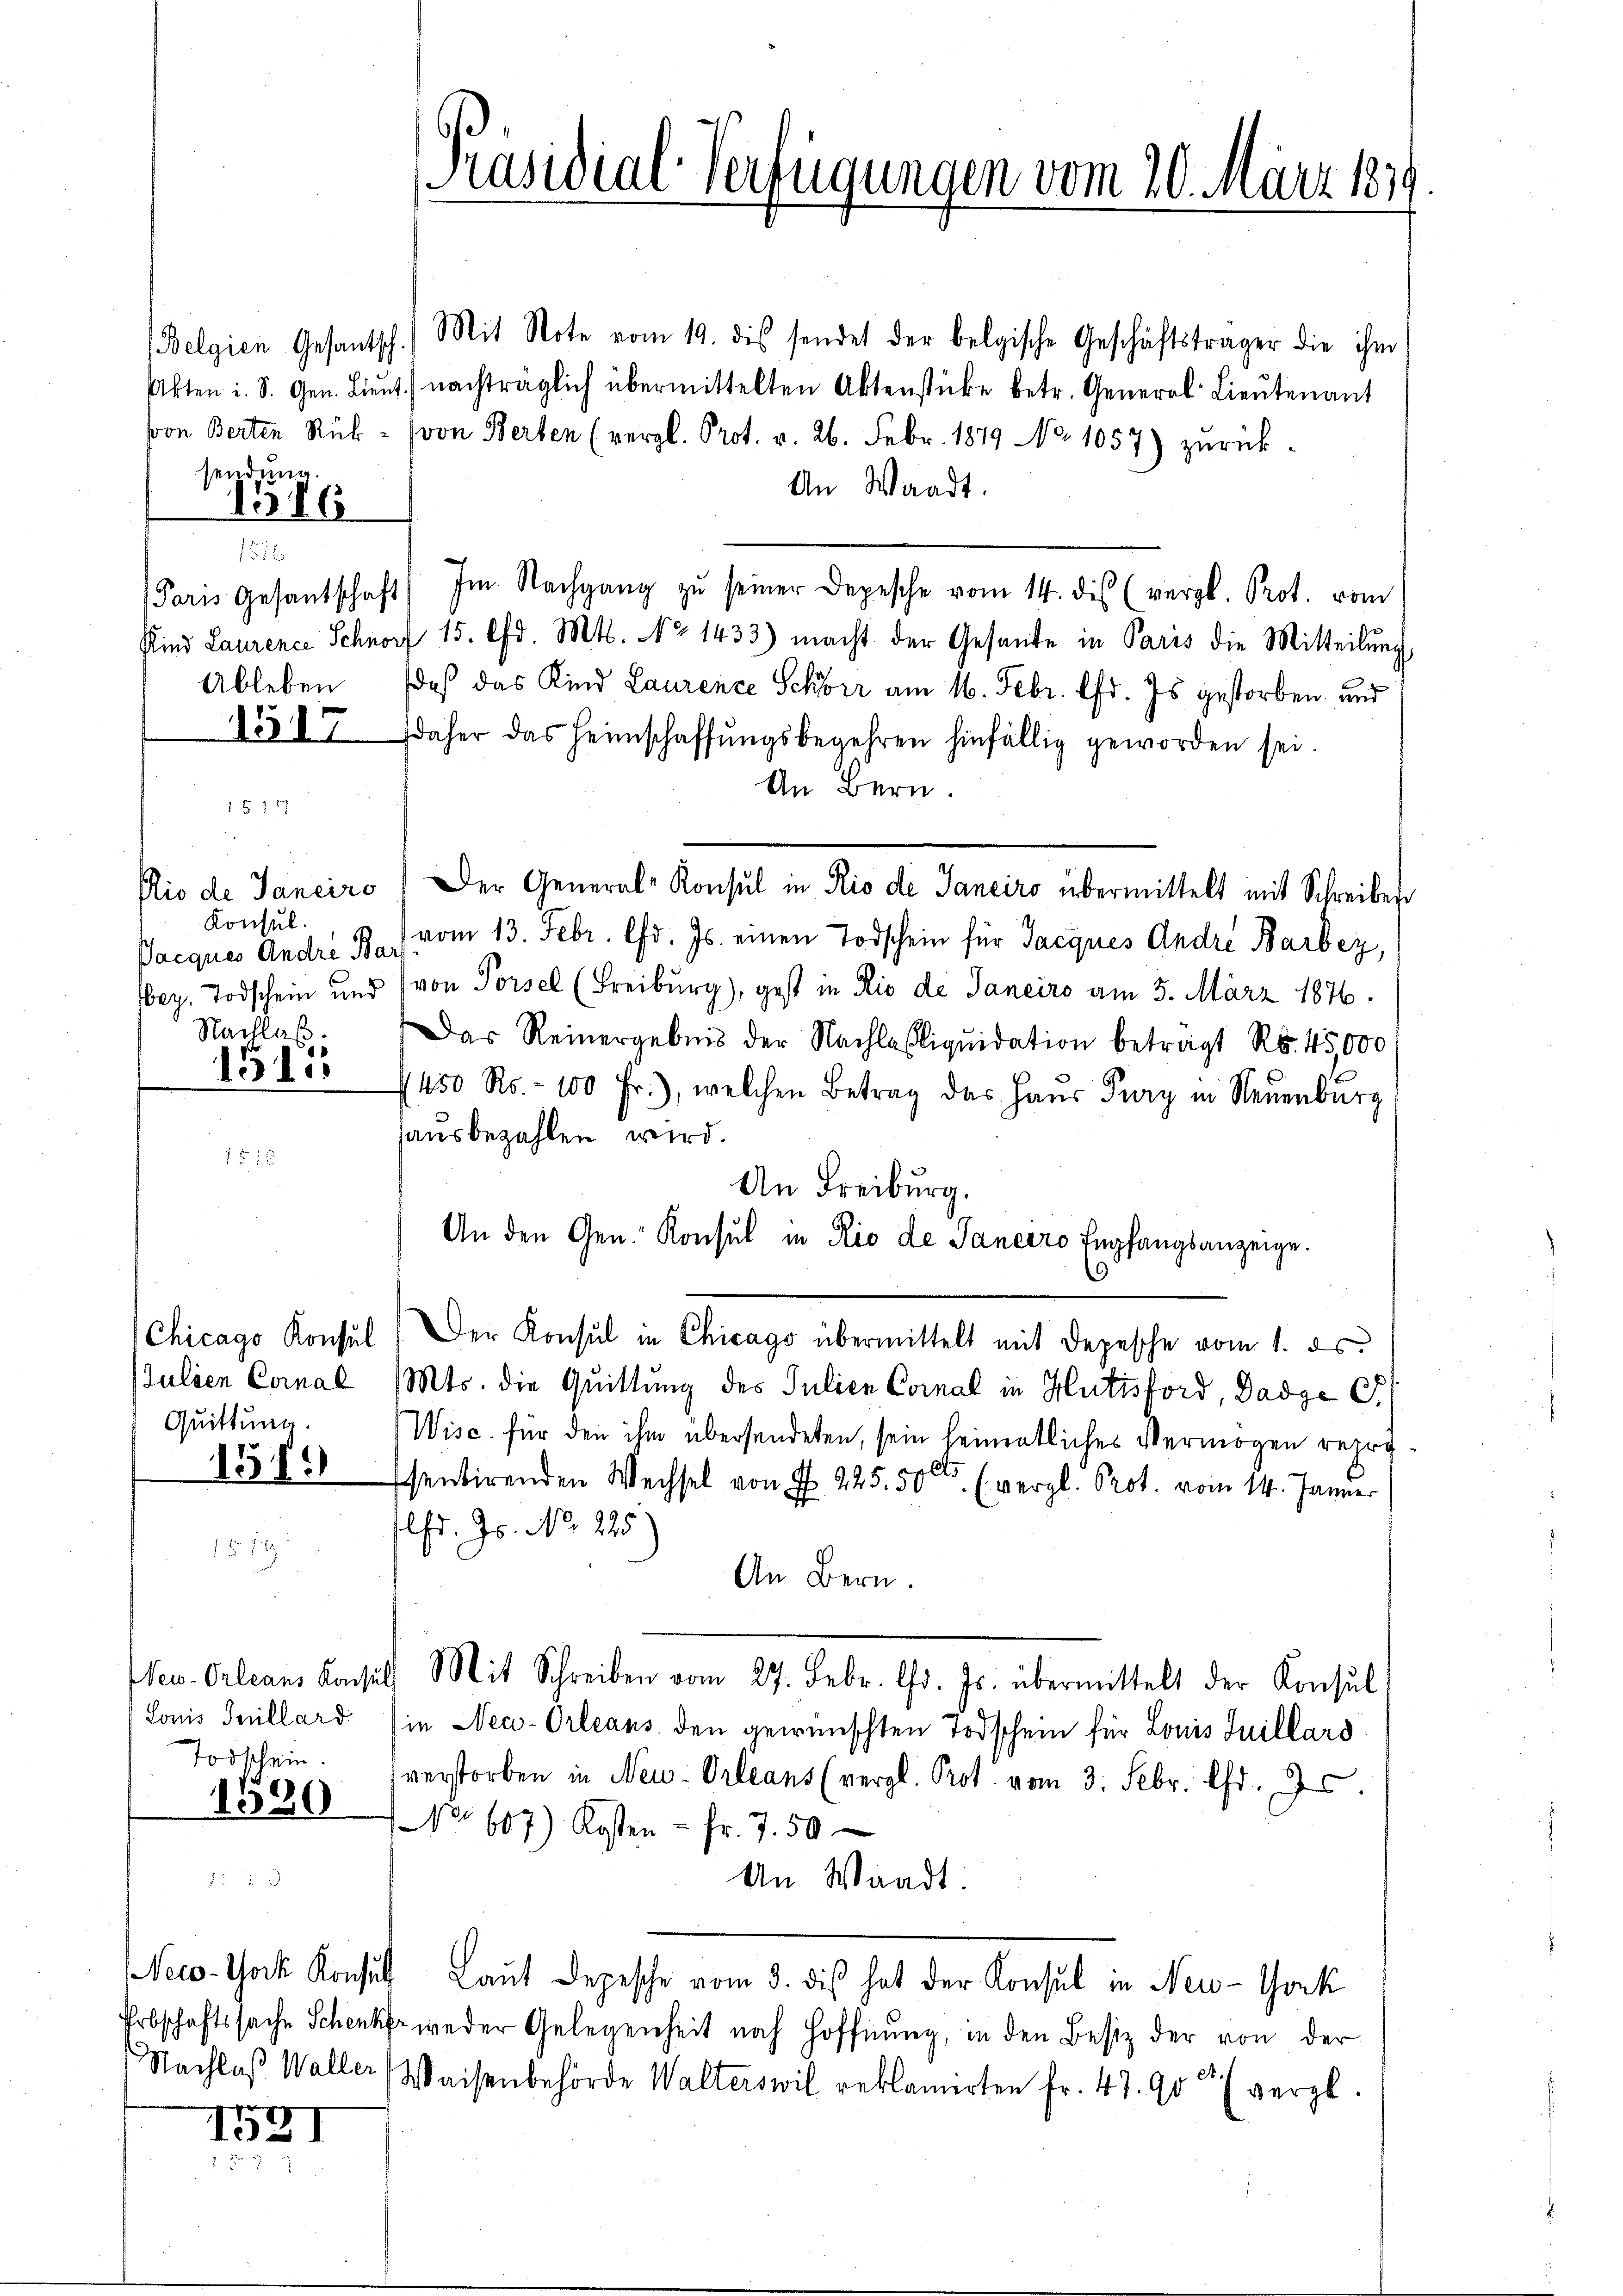
sendung.

1316

1512

Konsul
Nachlaß.
1315

Quittung.

1579

Todschein.

1520

1591

(Belgien Gesantsch. Mit Note vom 19. dis sendet der belgische Geschäftsträger die ihm
Akten i. S. Gen. Lieŭt. nachträglich übermittelten Aktenstücke betr. General Lieŭtenant
von Berten Rück- von Berten (vergl. Prot. v. 26. Febr. 1879 No 1057) zŭrück-
An Waadt.
(Paris Gesantschaft) Im Nachgang zŭ seiner Depesche vom 14. des (vergl. Prot. vom
Kind Laurence Schnorf 15. d. Mts. No 1433) macht der Gesande in Paris die Mitteilŭng
Ableben, daß das Kind Laurenze Schöne am 16. Febr. lfd. Js. gestorben und
13517 daher das Heimschaffŭngsbegehren hinfällig geworden sei.
An Bern.
Rio de Janeiro ) Der General-Konsul in Rio de Janeiro übermittelt mit Schreiber
Pacques André B. vom 13. Febr. d. Js. einen Todschein für Jacques Andre Barbey,
Wey. Todschein und von Porsel (Freiburg), gest in Rio de Janeiro am 5. März 1876.
Das Reinergebnis der Nachlasliquidation beträgt Ro. 45000
1450 Ro. - 100 Fr.), welchen Betrag des Haŭs Pury in Neuenburg
ausbezahlen wird.
An Freiburg.
An den Gen. Konsul in Rio de Janeiro Empfangsanzeige.
9
Chicago Konsul) Der Konsul in Chicago übermittelt mit Depesche vom 1. ds.
Julien Coral Mts. die Quittung des Julien Cornal in Hutisford, Dadge G
Wisc. für den ihm übersendeten, sein heimatliches Vermögen repräsentirenden Wechsel von Fr. 225. 50 rl. (vergl. Prot. vom 14. Jänner
lfd. Js. No. 225.
An Bern.
New-Orleans Konsuls Mit Schreiben vom 27. Febr. l. Js. übermittelt der Konsul
Lonis Iuillard (in Neu-Orleans den gewünschten Todschein für Louis Juillard
verstorben in Neu-Orleans (vergl. Prot. vom 3. Febr. Chr. 20.
Noo 607) Kosten - fr. 7. 50
An Waadt.
Neco-Tock Konsul Laŭt Depesche vom 3. dis hat der Konsul in New-York
Erbschaftssache Schenker weder Gelegenheit nach Hoffnung, in den Besiz der von der
Nachlaβ Waller Waisenbehörde Walterswil reklamirten fr. 47. 90 (vergl.

Präsidial-Verfügungen vom 20. März 1879